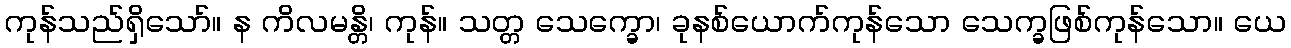
ကုန်သည်ရှိသော်။ န ကိလမန္တိ၊ ကုန်။ သတ္တ သေက္ခော၊ ခုနစ်ယောက်ကုန်သော သေက္ခဖြစ်ကုန်သော။ ယေ